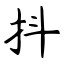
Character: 抖